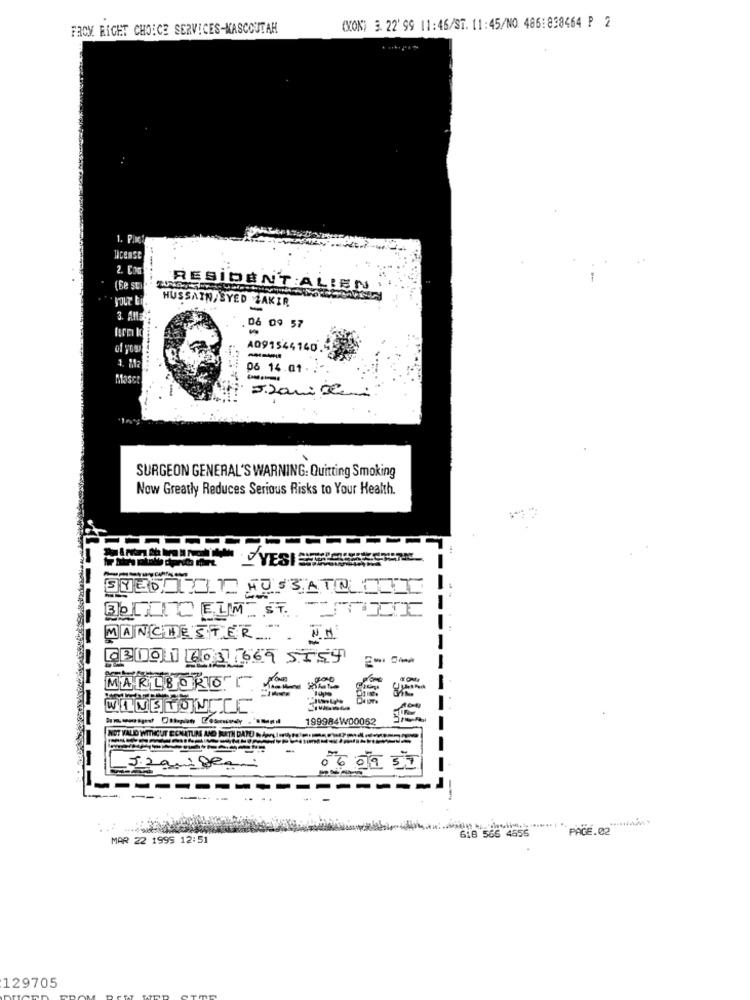
FROM. RIGHT CHOICE SERVICES-KASCOUTAH
(KON) 3. 22' 99 11:46/ST. 11:45/NO. 486:838464 P 2
1. Pinet
Icense
--...
RESIDENT ALIEN
HUSSAIN,SYED ZAKIR
-
3. ANE
06 09 57
A091544140
-
06 14.01.
Masce
SURGEON GENERAL'S WARNING: Quitting Smoking
Now Greatly Reduces Serious Risks to Your Health.
SHEBATID MUSTATO OUI
-
BOLTIDELMIST. TTI
MANCHESTER NH
03 001 6.3 1669 5559
MARLBORO TEX
WINSTON
199984W00062
NOT
UD WITHCUT ECMATURE
-
32 andes
618 566 4555
PACE.02
MAR 22 1999 12:51
129705